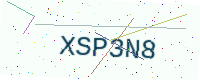
Text: XSP3N8